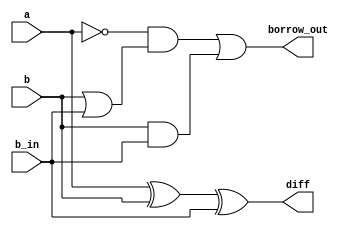
`timescale 1ns / 1ps
//////////////////////////////////////////////////////////////////////////////////
// Company: 
// Engineer: 
// 
// Design Name: 
// Module Name: full_subtractor
// Project Name: 
// Target Devices: 
// Tool Versions: 
// Description: 
// 
// Dependencies: 
// 
// Revision:
// Revision 0.01 - File Created
// Additional Comments:
// 
//////////////////////////////////////////////////////////////////////////////////


module full_subtractor(
    input a,b,b_in,
    output diff,borrow_out
    );
assign diff=a^b^b_in;
assign borrow_out=((~a)&(b|b_in))|(b&b_in);
endmodule